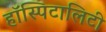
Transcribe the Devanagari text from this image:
हॉस्पिटालिटी